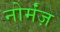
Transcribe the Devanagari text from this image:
नोर्मंज़